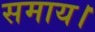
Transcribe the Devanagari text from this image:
समाय।